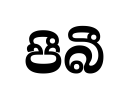
පීබී